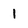
Character: 1